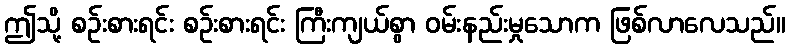
ဤသို့ စဉ်းစားရင်း စဉ်းစားရင်း ကြီးကျယ်စွာ ဝမ်းနည်းမှုသောက ဖြစ်လာလေသည်။